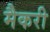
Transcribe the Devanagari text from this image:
मैकरी